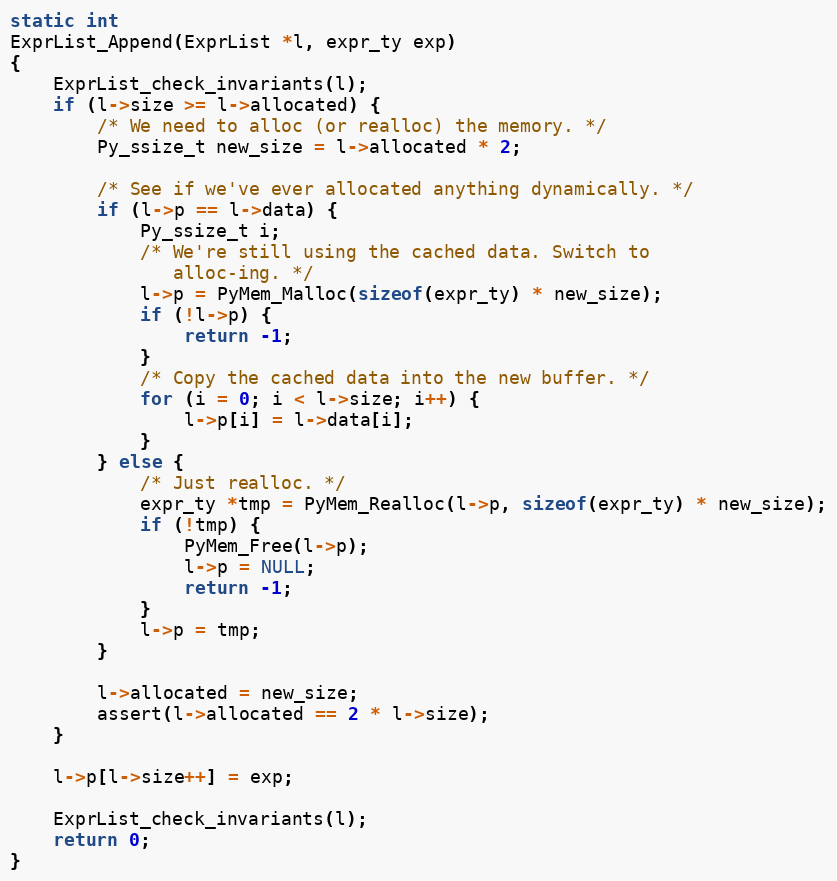
Language: C
static int
ExprList_Append(ExprList *l, expr_ty exp)
{
    ExprList_check_invariants(l);
    if (l->size >= l->allocated) {
        /* We need to alloc (or realloc) the memory. */
        Py_ssize_t new_size = l->allocated * 2;

        /* See if we've ever allocated anything dynamically. */
        if (l->p == l->data) {
            Py_ssize_t i;
            /* We're still using the cached data. Switch to
               alloc-ing. */
            l->p = PyMem_Malloc(sizeof(expr_ty) * new_size);
            if (!l->p) {
                return -1;
            }
            /* Copy the cached data into the new buffer. */
            for (i = 0; i < l->size; i++) {
                l->p[i] = l->data[i];
            }
        } else {
            /* Just realloc. */
            expr_ty *tmp = PyMem_Realloc(l->p, sizeof(expr_ty) * new_size);
            if (!tmp) {
                PyMem_Free(l->p);
                l->p = NULL;
                return -1;
            }
            l->p = tmp;
        }

        l->allocated = new_size;
        assert(l->allocated == 2 * l->size);
    }

    l->p[l->size++] = exp;

    ExprList_check_invariants(l);
    return 0;
}